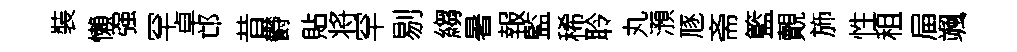
裝懶强罕卓邙昔欎貼将罕剔縐暑報監稀聆丸澦豗斋籃覿斾性租屇颯